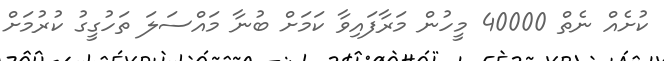
ކުށެެއް ނެތް 40000 މީހުން މަރާފައިވާ ކަމަށް ބުނާ މައްސަލަ ތަހުގީގު ކުރުމަށް